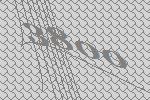
3800